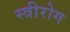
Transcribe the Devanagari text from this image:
स्‍त्रीरोग